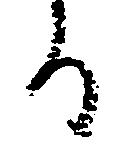
る